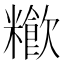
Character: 𥽁